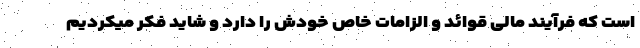
است که فرآیند مالی قوائد و الزامات خاص خودش را دارد و شاید فکر میکردیم